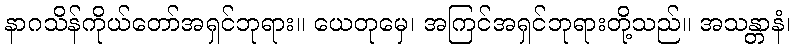
နာဂသိန်ကိုယ်တော်အရှင်ဘုရား။ ယေတုမှေ၊ အကြင်အရှင်ဘုရားတို့သည်။ အသန္တာနံ၊